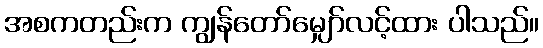
အစကတည်းက ကျွန်တော်မျှော်လင့်ထား ပါသည်။